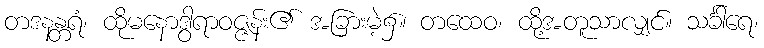
တဒနန္တရံ၊ ထိုမနောဒွါရာဝဇ္ဇန်း၏ အခြားမဲ့၌။ တထေဝ၊ ထို့အတူသာလျှင်။ သင်္ခါရေ၊